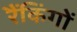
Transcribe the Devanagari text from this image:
रैंकिंगों